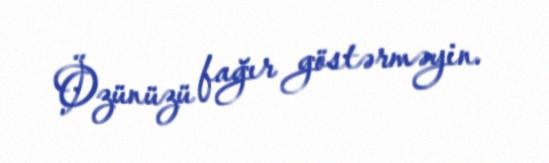
Özünüzü fağır göstərməyin.